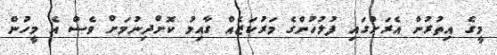
މީގެ އިތުރުން އެރަށުގައި ފުލުހުންގެ މަރުކަޒެއް ގާއިމު ކޮށްދިނުމަށް ވެސް އެ މީހުން